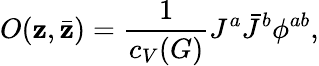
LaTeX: O(\mathbf{z},\bar{{\mathbf{z}}})={\frac{{1}}{{c_{V}(G)}}}J^{a}\bar{{J}}^{b}\phi^{ab},